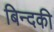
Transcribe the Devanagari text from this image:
बिन्‍दकी